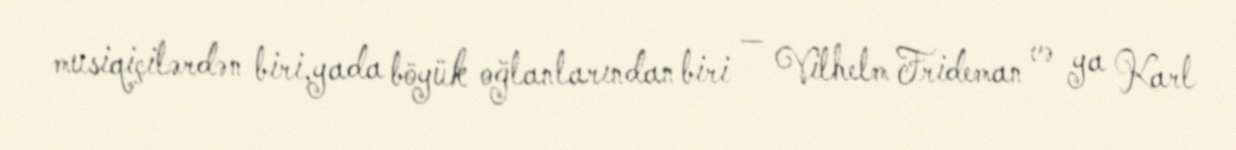
musiqiçilərdən biri,yada böyük oğlanlarından biri — Vilhelm Frideman və ya Karl